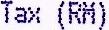
TAX (RM)